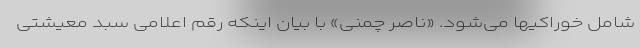
شامل خوراکیها می‌شود. «ناصر چمنی» با بیان اینکه رقم اعلامی سبد معیشتی